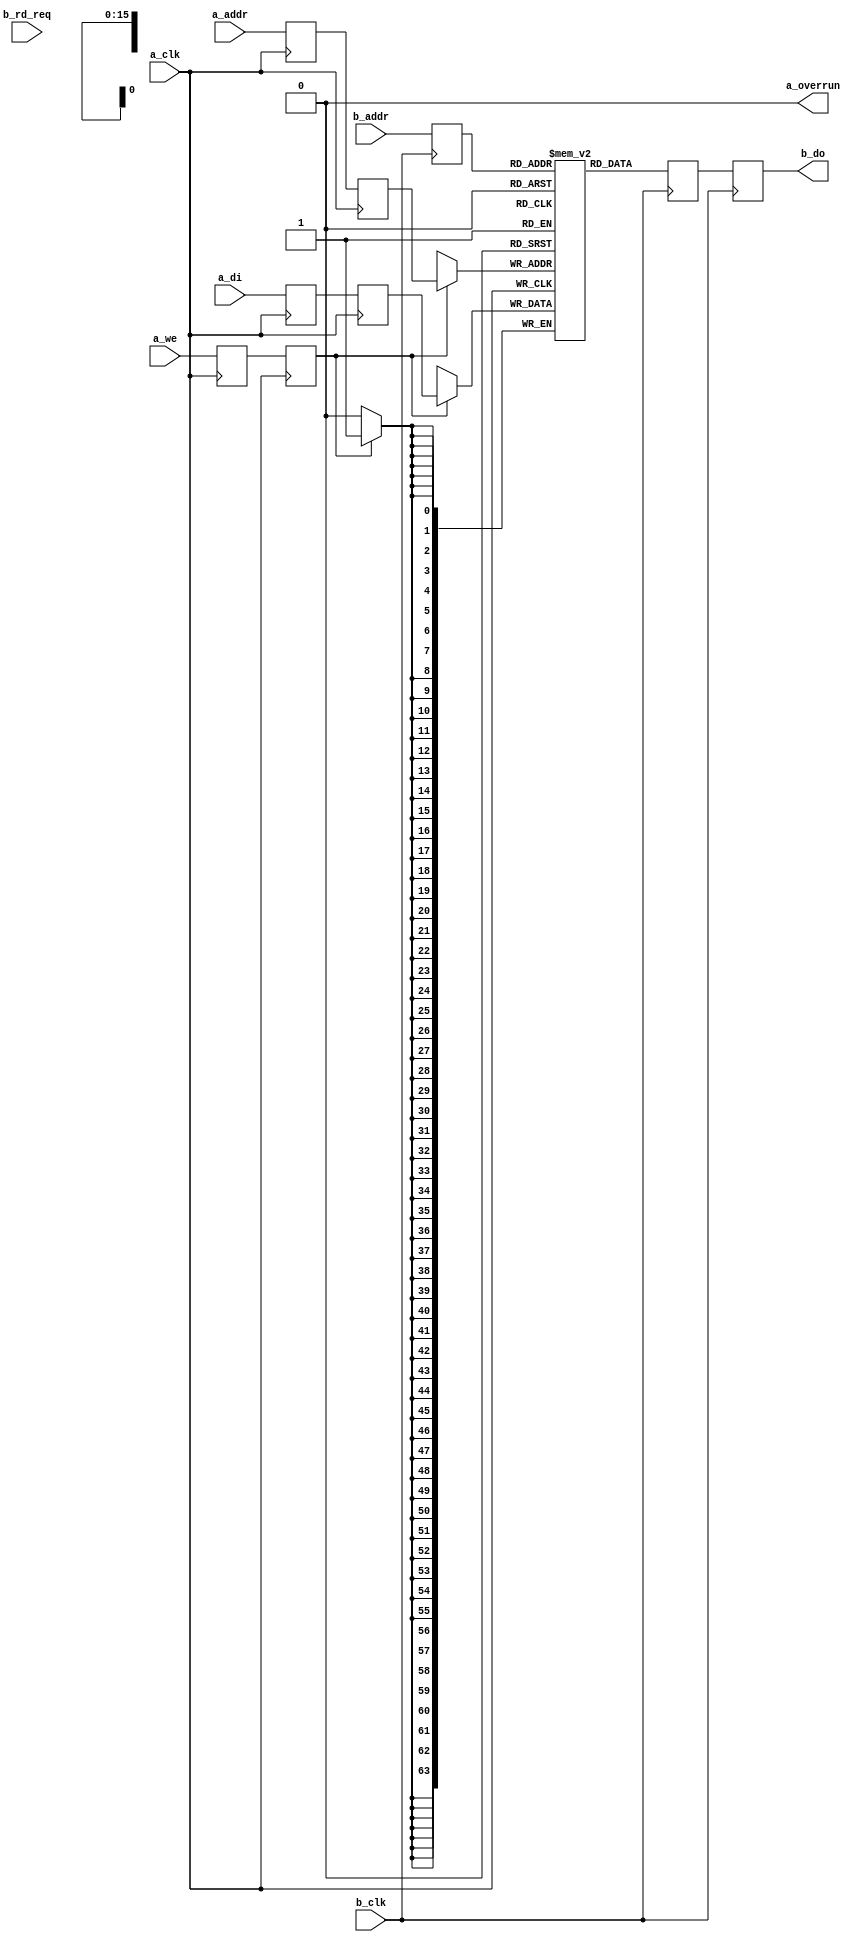
module deep_sump_ram #
(
  parameter depth_len  = 65536,
  parameter depth_bits = 16
)
(
  input  wire                  a_clk,   
  input  wire                  b_clk,   

  input  wire                  a_we,
  input  wire [depth_bits-1:0] a_addr,
  input  wire [63:0]           a_di,
  output wire                  a_overrun,

  input  wire                  b_rd_req,
  input  wire [depth_bits-1:0] b_addr,
  output wire [63:0]           b_do
);

// Variable Size Capture BRAM
  reg  [63:0]             rle_ram_array[depth_len-1:0];
  reg  [depth_bits-1:0]   a_addr_p1;
  reg  [depth_bits-1:0]   a_addr_p2;
  reg                     a_we_p1;
  reg                     a_we_p2;
  reg  [63:0]             a_di_p1;
  reg  [63:0]             a_di_p2;
  reg  [depth_bits-1:0]   b_addr_p1;
  reg  [63:0]             b_do_loc;
  reg  [63:0]             b_do_p1;

  assign a_overrun = 0;// This would assert if RAM wasn't available for write


//-----------------------------------------------------------------------------
// Data Dual Port RAM - Infer RAM here to make easy to change depth on the fly
//-----------------------------------------------------------------------------
always @( posedge a_clk )
begin
  a_we_p1   <= a_we;
  a_we_p2   <= a_we_p1;
  a_addr_p1 <= a_addr;
  a_addr_p2 <= a_addr_p1;
  a_di_p1   <= a_di;
  a_di_p2   <= a_di_p1;
  if ( a_we_p2 ) begin
    rle_ram_array[a_addr_p2] <= a_di_p2;
  end // if ( a_we )
end // always


//-----------------------------------------------------------------------------
// 2nd Port of RAM is clocked from local bus
//-----------------------------------------------------------------------------
always @( posedge b_clk )
begin
  b_addr_p1 <= b_addr;
  b_do_loc  <= rle_ram_array[b_addr_p1] ;
  b_do_p1   <= b_do_loc;
end // always
  assign b_do = b_do_p1[63:0];


endmodule